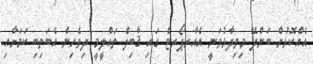
އެއްކޮޅުން ބަންދޭ މިވިދާޅުވަނީ އެއާރޕޯރޓް ގައި ޤާބިލް ތައްލީމީ ދިވެހިން އެބަތިބި ކަމަށާއި